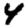
Digit: 4